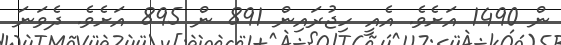
ން 1490 އަށެވެ. އެއީ ހިޖުރައިން 891 ން 895 އަށެވެ. ދެވަނަ